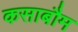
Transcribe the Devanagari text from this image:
कसाबौम